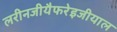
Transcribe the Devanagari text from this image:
लरीनजीयैफरेइजीयाल